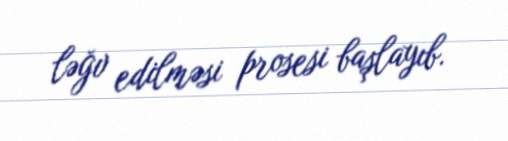
ləğv edilməsi prosesi başlayıb.